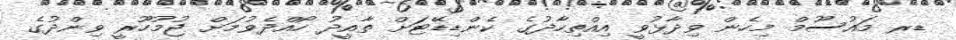
ޑރ މައުސޫމް މިހެން ވިދާޅުވީ އިއްތިހާދުގެ ކެންޑިޑޭޓަށް ތާއީދު ހޯއްދެވުމަށް ޖުމުހޫރީ ވިންދުގެ